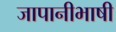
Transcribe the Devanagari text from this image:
जापानीभाषी